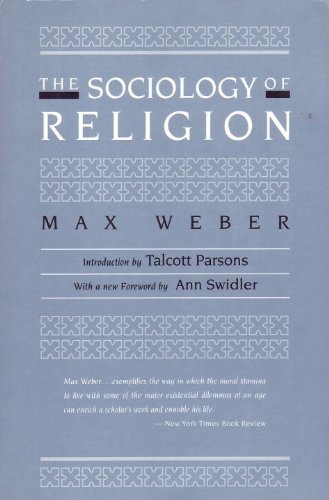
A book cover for The Sociology of Religion; Max Weber; Politics & Social Sciences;